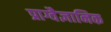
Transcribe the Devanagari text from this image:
प्राग्वैज्ञानिक